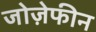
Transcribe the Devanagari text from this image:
जोज़ेफीन